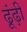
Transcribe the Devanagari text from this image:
ढूंढ़ी